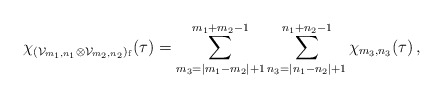
\begin{align*} \chi_{({\cal V}_{m_1,n_1} \otimes {\cal V}_{m_2,n_2})_{\mathrm f}} (\tau) = \sum_{m_3=|m_1-m_2|+1}^{m_1+m_2-1} \sum_{n_3=|n_1-n_2|+1}^{n_1+n_2-1} \chi_{m_3,n_3}(\tau)\,,\end{align*}